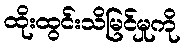
ထိုးထွင်းသိမြင်မှုကို